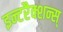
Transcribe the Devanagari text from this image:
इन्टरैक्शन्स्